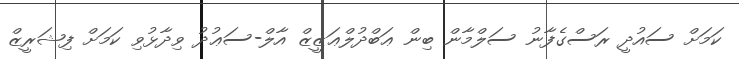
ކަމަށް ސައުދީ ރަސްގެފާނު ސަލްމާން ބިން ޢަބްދުލްޢަޒީޒް އާލް-ސަޢުދު ވިދާޅުވި ކަމަށް ފިޝަރީޒް